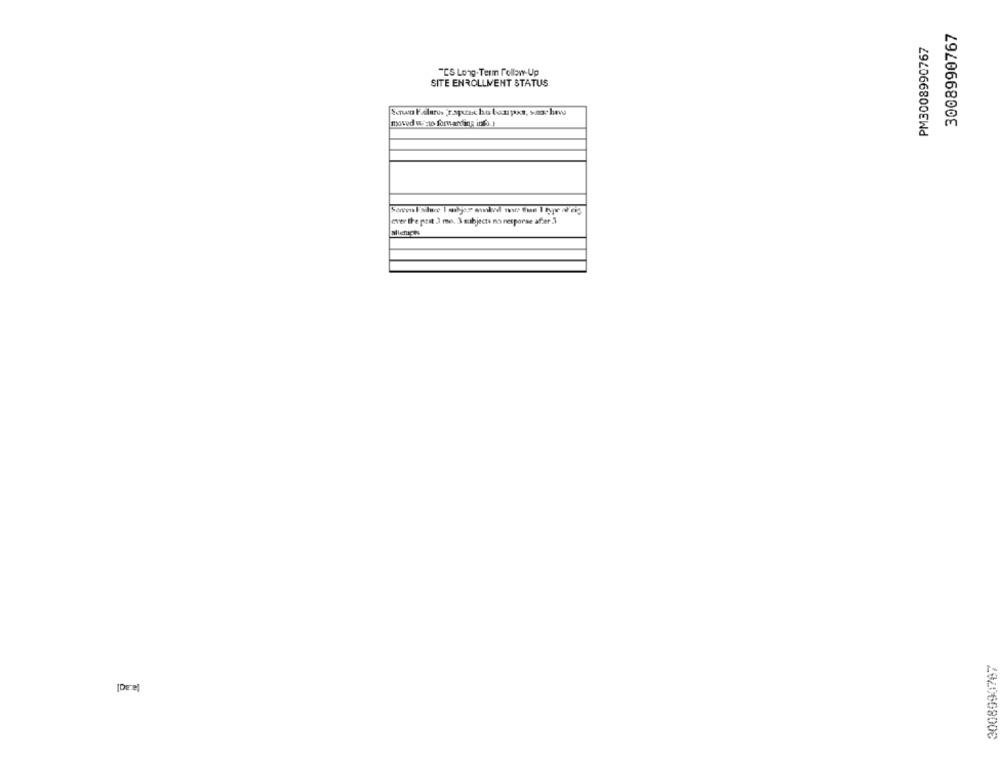
3008990767
PM3008990767
"CS Long-Term follow-Up
SITE ENROLLMENT STATUS
moved w"to forwarding info.)
over the past 3 mo. 3 subjects no response after .3
Michich
3008990767
[Deel